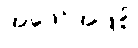
အဖော်အဖြစ်